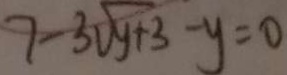
7 - 3 \sqrt { y + 3 } - y = 0